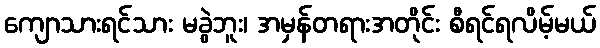
ကျောသားရင်သား မခွဲဘူး၊ အမှန်တရားအတိုင်း စီရင်ရလိမ့်မယ်